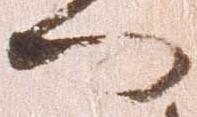
門